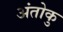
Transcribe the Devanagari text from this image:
अंतोकु